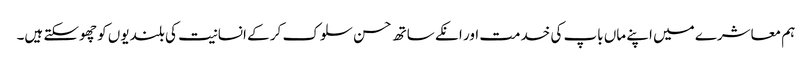
ہم معاشرے میں اپنے ماں باپ کی خدمت اور انکے ساتھ حسن سلوک کر کے انسانیت کی بلندیوں کو چھوسکتے ہیں۔